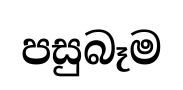
පසුබෑම